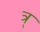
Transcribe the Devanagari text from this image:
त्र्